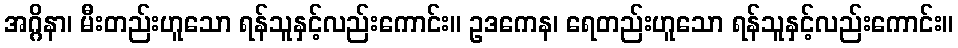
အဂ္ဂိနာ၊ မီးတည်းဟူသော ရန်သူနှင့်လည်းကောင်း။ ဥဒကေန၊ ရေတည်းဟူသော ရန်သူနှင့်လည်းကောင်း။